Report on the working of the Ranchi Indian Mental Hospital, Kanke, in Bihar and Orissa - 1930-1940
Year: 1930
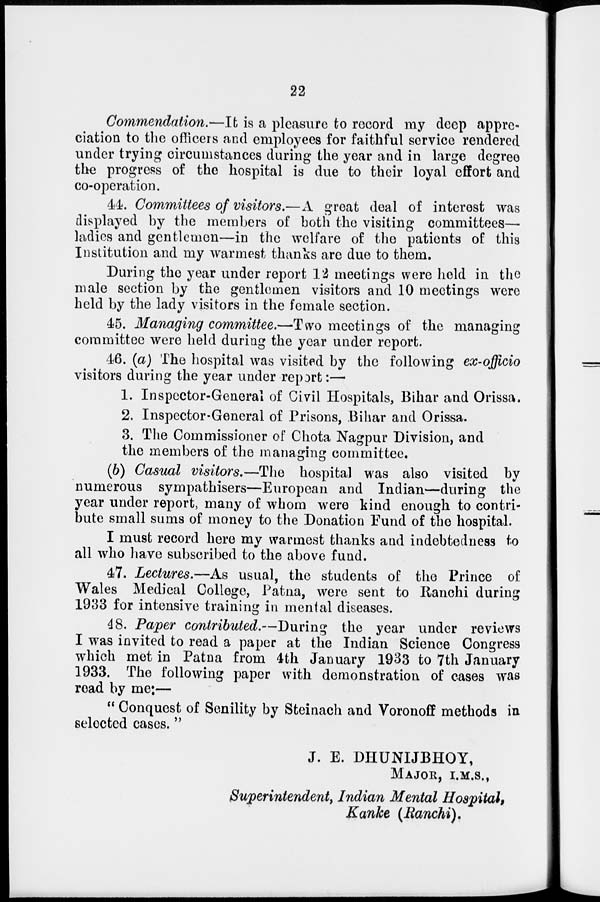
22
Commendation.—It is a pleasure to record my deep appre-
ciation to the officers and employees for faithful service rendered
under trying circumstances during the year and in large degree
the progress of the hospital is due to their loyal effort and
co-operation.
44. Committees of visitors.—A great deal of interest was
displayed by the members of both the visiting committees—
ladies and gentlemen—in the welfare of the patients of this
Institution and my warmest thanks are due to them.
During the year under report 12 meetings were held in the
male section by the gentlemen visitors and 10 meetings were
held by the lady visitors in the female section.
45. Managing committee.—Two meetings of the managing
committee were held during the year under report.
46. (a) The hospital was visited by the following ex-officio
visitors during the year under report:—
1. Inspector-General of Civil Hospitals, Bihar and Orissa.
2. Inspector-General of Prisons, Bihar and Orissa.
3. The Commissioner of Chota Nagpur Division, and
the members of the managing committee.
(b) Casual visitors.—The hospital was also visited by
numerous sympathisers—European and Indian—during the
year under report, many of whom were kind enough to contri-
bute small sums of money to the Donation Fund of the hospital.
I must record here my warmest thanks and indebtedness to
all who have subscribed to the above fund.
47. Lectures.—As usual, the students of the Prince of
Wales Medical College, Patna, were sent to Ranchi during
1933 for intensive training in mental diseases.
48. Paper contributed.—During the year under reviews
I was invited to read a paper at the Indian Science Congress
which met in Patna from 4th January 1933 to 7th January
1933. The following paper with demonstration of cases was
read by me:—
" Conquest of Senility by Steinach and Voronoff methods in
selected cases. "
J. E. DHUNIJBHOY,
MAJOR, I.M.S.,
Superintendent, Indian Mental Hospital,
Kanke (Ranchi).